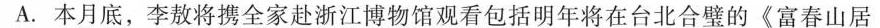
A.本月底，李敖将携全家赴浙江博物馆观看包括明年将在台北合璧的 \ll富春山居